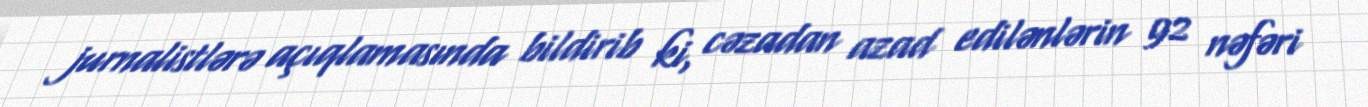
jurnalistlərə açıqlamasında bildirib ki, cəzadan azad edilənlərin 92 nəfəri